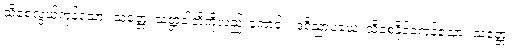
သိစေလွယ်ကုန်သော။ သတ္တေ၊ သတ္တဝါတို့ကိုလည်းကောင်း။ ဒုဝိညာပယေ၊ သိစေနိုင်ခဲကုန်သော။ သတ္တေ၊